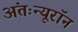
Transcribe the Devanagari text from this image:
अंतःन्यूरॉन